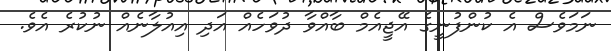
ނަމަވެސް އެ ކުންފުނީގެ އޭޖީއެމް ބާއްވާ ދުވަހެއް އަދި އިއުލާނެއް ނުކުރެ އެވެ.